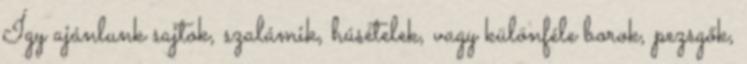
Így ajánlunk sajtok, szalámik, húsételek, vagy különféle borok, pezsgők,